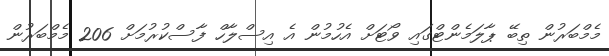
މެމްބަރުން ތިބޭ ޕާލަމެންޓްގައި ވޯޓަށް އެހުމުން އެ އިސްލާހް ފާސްކުރުމަށް 206 މެމްބަރުން